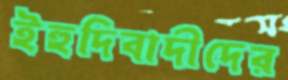
ইহুদিবাদীদের